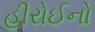
હીરોઈનો